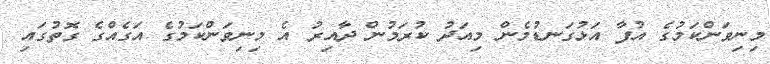
މިނިވަންކަމުގެ އުފާ އަޅުގަނޑުމެން މިއަދު ކުރަމުން ދާއިރުު އެ މިނިވަންކަމުގެ އަގެއްގެ ގޮތުގައި